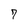
Character: 7